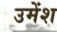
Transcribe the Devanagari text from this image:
उमेंश